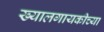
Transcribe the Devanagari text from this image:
ख्यालगायकीच्या